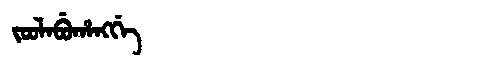
Manchu: ᠵᠣᠣᠯᠠᠪᡠᡥᠠᠩᡤᡝ
Romanization: JOOLABUHANGGE